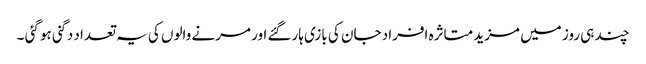
چند ہی روز میں مزید متاثرہ افراد جان کی بازی ہارگئے اور مرنے والوں کی یہ تعداد دگنی ہو گئی ۔